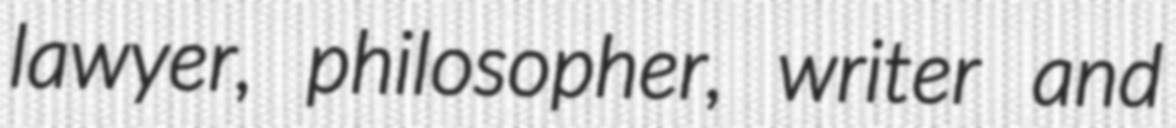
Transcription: lawyer, philosopher, writer and